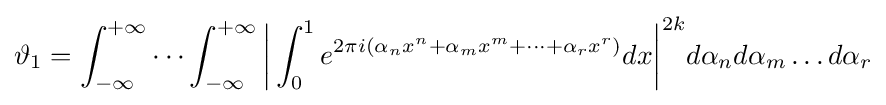
\vartheta _{1}=\int _{-\infty }^{+\infty }\cdots \int _{-\infty }^{+\infty }{\biggl |}\int _{0}^{1}e^{2\pi i(\alpha _{n}x^{n}+\alpha _{m}x^{m}+\cdots +\alpha _{r}x^{r})}dx{\biggr |}^{2k}d\alpha _{n}d\alpha _{m}\ldots d\alpha _{r}